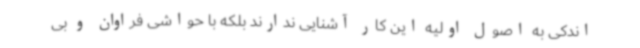
اندکی به اصول اولیه این کار آشنایی ندارند بلکه با حواشی فراوان و بی